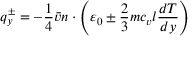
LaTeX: \quad q _ { y } ^ { \pm } = - { \frac { 1 } { 4 } } { \bar { v } } n \cdot \left( \varepsilon _ { 0 } \pm { \frac { 2 } { 3 } } m c _ { v } l { \frac { d T } { d y } } \right)